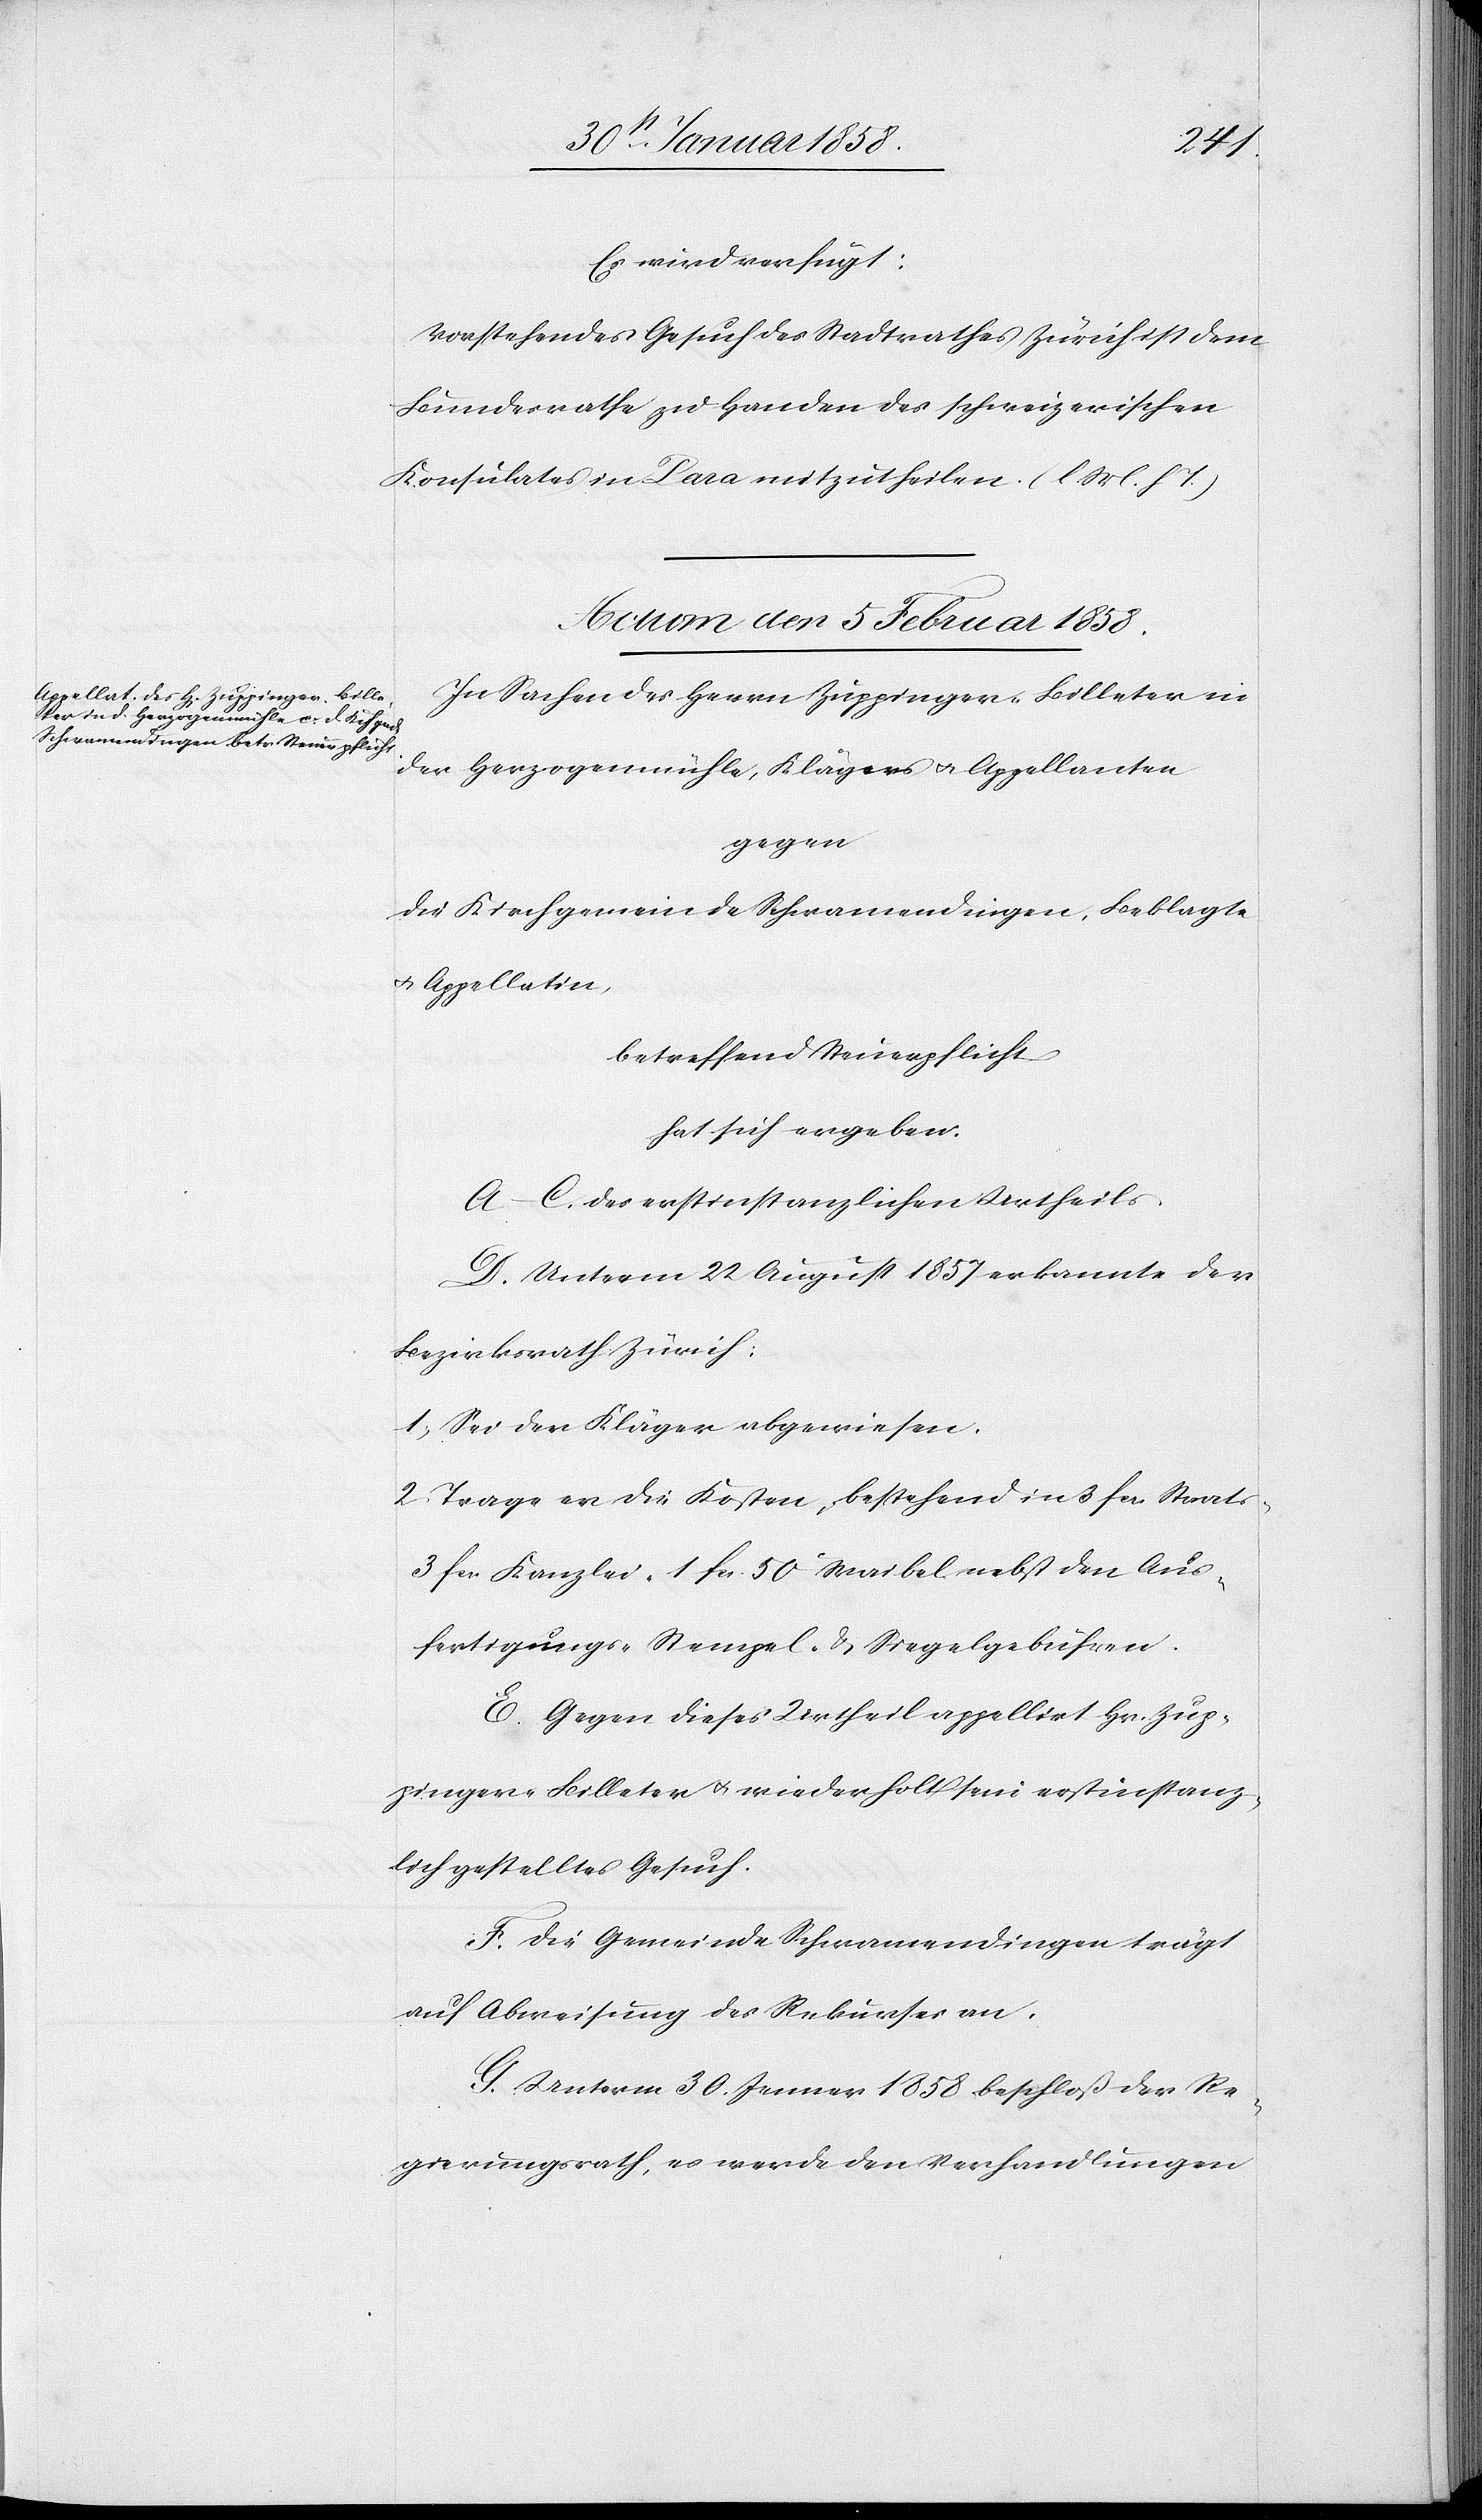
Es wird verfügt:
Vorstehendes Gesuch des Stadtrathes Zürich dem
Bundesrathe zu Handen des schweizerischen
Konsulates in Para mitzutheilen. (l. M. h. T.)
Actum den 5 Februar 1858.
In Sachen des Herrn Zuppinger-Billeter in
der Herzogenmühle, Klägers u. Appellanten
gegen
die Kirchgemeinde Schwamendingen, Beklagte
u. Appellatin,
betreffend Steuerpflicht
hat sich ergeben:
A–C. des erstinstanzlichen Urtheils.
D. Unterm 22 August 1857 erkannte der
Bezirksrath Zürich:
1. Sei der Kläger abgewiesen.
2. Trage er die Kosten, bestehend in 3 fcs. Staats-
3 fcs. Kanzlei- 1 fcs. 50 Waibel- nebst den Aus¬
fertigungs- Stempel- & Siegelgebühren.
E. Gegen dieses Urtheil appellirt Hr. Zup¬
pinger-Billeter u. wiederholt sein erstinstanz¬
lich gestelltes Gesuch.
F. Die Gemeinde Schwamendingen trägt
auf Abweisung des Rekurses an.
G. Unterm 30. Jenner 1858 beschloß der Re¬
gierungsrath, es werde den Verhandlungen